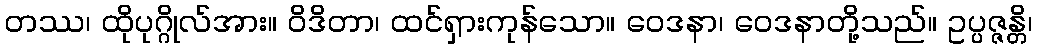
တဿ၊ ထိုပုဂ္ဂိုလ်အား။ ဝိဒိတာ၊ ထင်ရှားကုန်သော။ ဝေဒနာ၊ ဝေဒနာတို့သည်။ ဥပ္ပဇ္ဇန္တိ၊